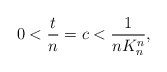
\begin{align*} 0< \frac{t}{n}=c< \frac{1}{n K_n^n}, \end{align*}